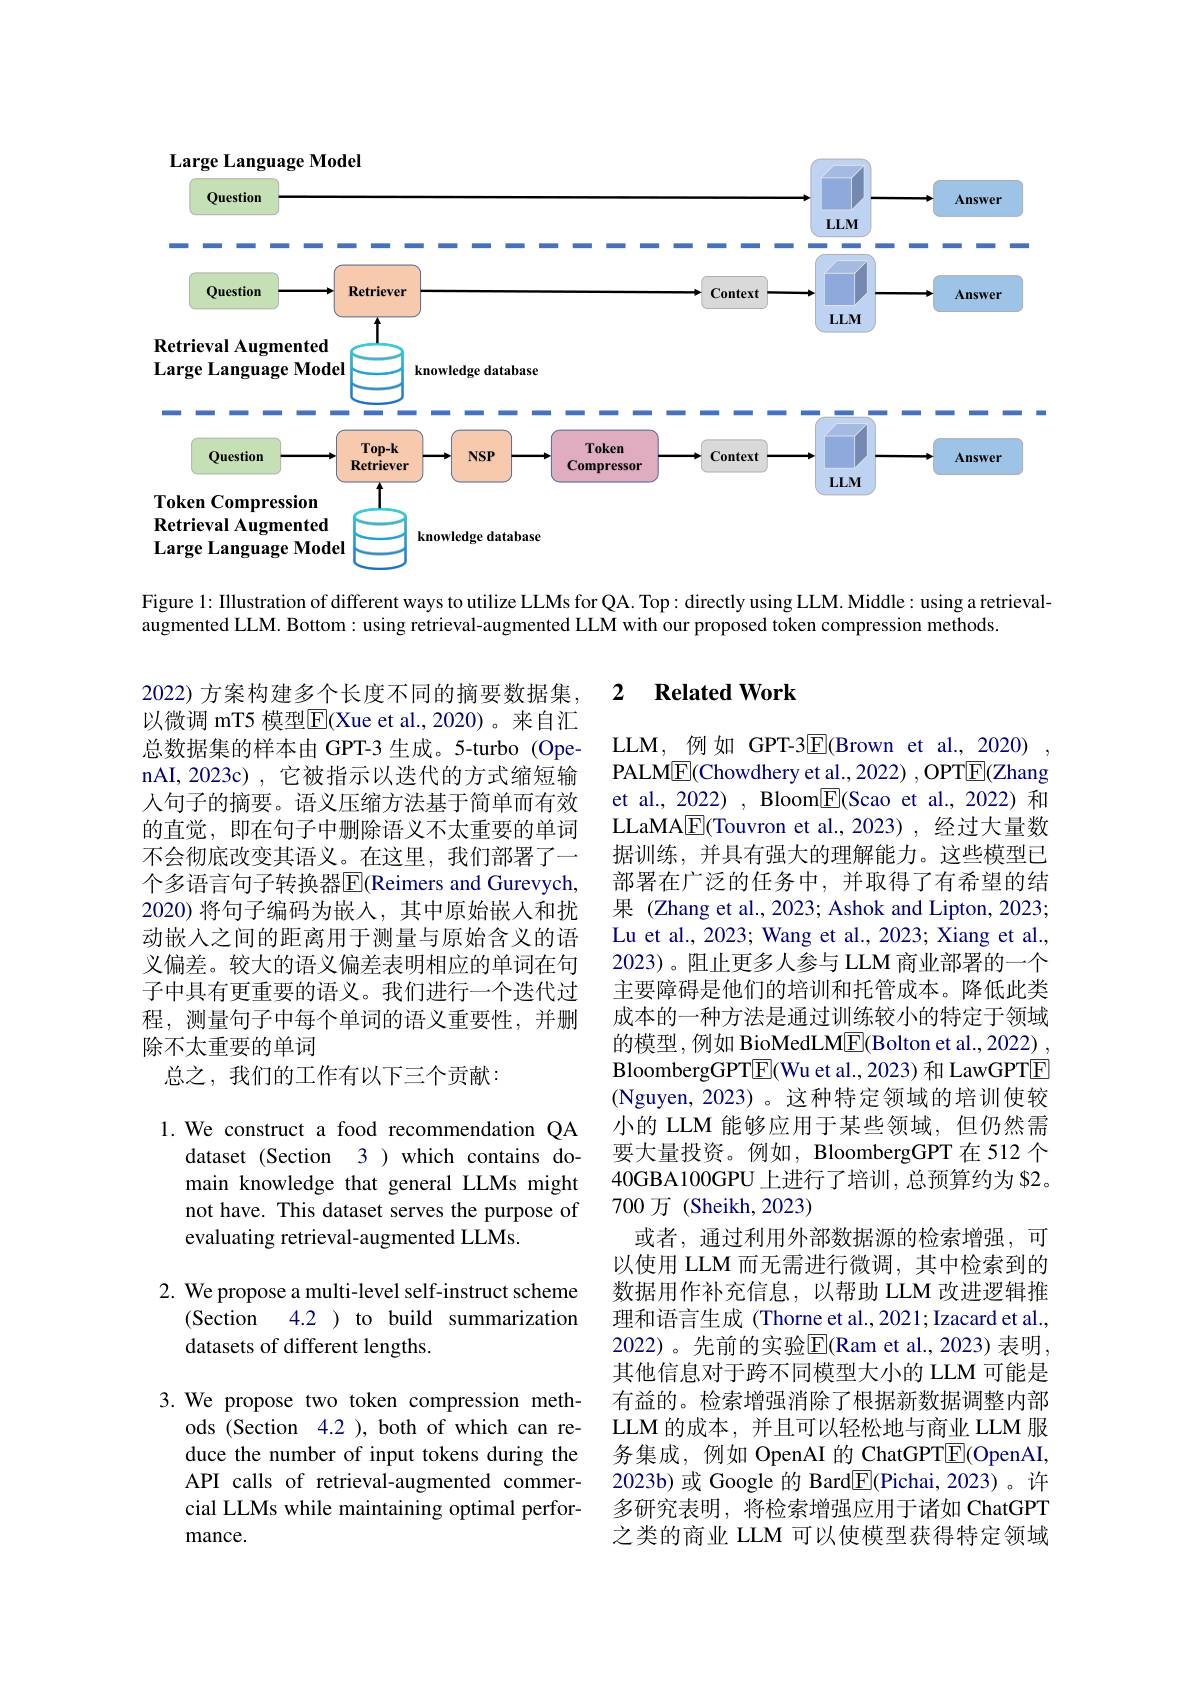
<FigureHere>

Figure 1: Illustration of different ways to utilize LLMs for QA. Top: directly using LLM. Middle: using a retrieval-
augmented LLM. Bottom: using retrieval-augmented LLM with our proposed token compression methods.

### 2 $\textbf{Related Work}$

2022) 方案构建多个长度不同的摘要数据集， 以微调 mT5 模型$\overline{\mathrm{E}}$(Xue et al.,2020)。来自汇总数据集的样本由 GPT-3 生成。5-turbo (OpenAI,2023c),它被指示以迭代的方式缩短输人句子的摘要。语义压缩方法基于简单而有效的直觉，即在句子中删除语义不太重要的单词不会彻底改变其语义。在这里，我们部署了一个多语言句子转换器$\overline{\mathrm{E}}$(Reimers and Gurevych, 2020) 将句子编码为嵌入，其中原始嵌人和扰动嵌入之间的距离用于测量与原始含义的语义偏差。较大的语义偏差表明相应的单词在句子中具有更重要的语义。我们进行一个迭代过程，测量句子中每个单词的语义重要性，并删除不太重要的单词
总之，我们的工作有以下三个贡献：

LLM, 例 如 GPT-3$\overline{\mathrm{E}}($Brown et al.,2020)
PALME(Chowdhery et al., 2022) , OPTE(Zhang et al., 2022) , Bloom$\boxed{\mathrm{F}}$(Scao et al.,2022) 和LLaMA$\boxed{\mathrm{E}}$(Touvron et al.,2023),经过大量数据训练，并具有强大的理解能力。这些模型已部署在广泛的任务中，并取得了有希望的结果 (Zhang et al., 2023; Ashok and Lipton, 2023; Lu et al., 2023; Wang et al., 2023; Xiang et al., 2023)。阻止更多人参与 LLM 商业部署的一个主要障碍是他们的培训和托管成本。降低此类成本的一种方法是通过训练较小的特定于领域的模型，例如 BioMedLME(Bolton et al., 2022) , BloombergGPTE(Wu et al., 2023) 和 LawGPTE (Nguyen, 2023)。这种特定领域的培训使较小的 LLM 能够应用于某些领域，但仍然需要大量投资。例如，BloombergGPT 在 512 个40GBA100GPU 上进行了培训，总预算约为 S2。700 万 (Sheikh, 2023)
或者，通过利用外部数据源的检索增强，可以使用 LLM 而无需进行微调，其中检索到的数据用作补充信息，以帮助 LLM 改进逻辑推理和语言生成 (Thorne et al., 2021; Izacard et al., 2022)。先前的实验$\mathbb{E}(\mathbb{R}$am et al.,2023)表明， 其他信息对于跨不同模型大小的 LLM 可能是有益的。检索增强消除了根据新数据调整内部LLM 的成本，并且可以轻松地与商业 LLM 服务集成，例如 OpenAI 的 ChatGPTE(OpenAI, 2023b) 或 Google 的 Bard$\boxed{\mathrm{F}}($Pichai, 2023)。许多研究表明，将检索增强应用于诸如 ChatGPT 之类的商业 LLM 可以使模型获得特定领域

1. We construct a food recommendation QA
dataset (Section 3 ) which contains domain knowledge that general LLMs might not have. This dataset serves the purpose of evaluating retrieval-augmented LLMs.

2. We propose a multi-level self-instruct scheme
(Section
4.2 ) to build summarization
datasets of different lengths.

3.We propose two token compression meth-
ods (Section 4.2 ), both of which can reduce the number of input tokens during the API calls of retrieval-augmented commercial LLMs while maintaining optimal performance.